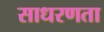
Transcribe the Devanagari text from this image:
साधरणता